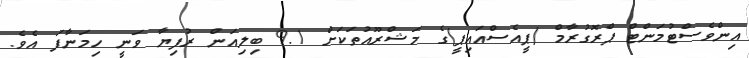
އިންވެސްޓުމަންޓް ޕްރޮގުރާމް (ޕީއެސްއައިޕީ)ގެ މަޝްރޫއުތަކަށް 9.1 ބިލިއަން ރުފިޔާ ވަނީ ހިމަނާފަ އެވެ.